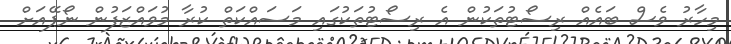
މިހާރު ވެސް ބައެއް ރިސޯޓުތަކުން އެ ރިސޯޓުތަކުގައި މަސައްކަތް ކުރާ މުވައްޒަފުން ނޯޕޭއަށް